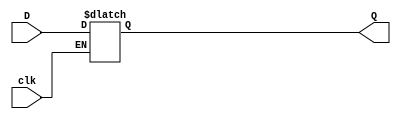
`timescale 1ns / 1ps
//////////////////////////////////////////////////////////////////////////////////
// Company: 
// Engineer: 
// 
// Design Name: 
// Module Name: D_latch
// Project Name: 
// Target Devices: 
// Tool Versions: 
// Description: 
// 
// Dependencies: 
// 
// Revision:
// Revision 0.01 - File Created
// Additional Comments:
// 
//////////////////////////////////////////////////////////////////////////////////


module D_latch(
     input clk,
     input D,
     output reg  Q
    );
    
    always @(clk,D)
    begin
       Q=Q;
       if(clk)
          Q=D;
       else
          Q=Q;
    end         
    
    
    
    
    
endmodule